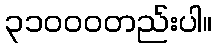
၃၁၀၀၀တည်းပါ။